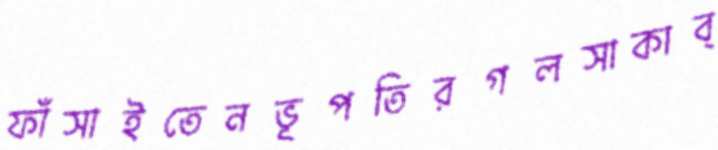
ফাঁসাইতেনভূপতিরগলসাকাব্